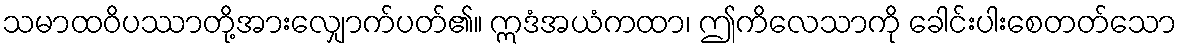
သမာထဝိပဿာတို့အားလျှောက်ပတ်၏။ ဣဒံအယံကထာ၊ ဤကိလေသာကို ခေါင်းပါးစေတတ်သော